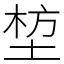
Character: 堏